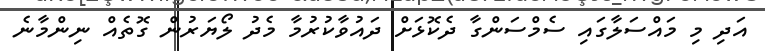
އަދި މި މައްސަލާގައި ސެމްސަންގާ ދެކޮޅަށް ދައުވާކުރުމާ މެދު ލޯޔަރުން ގޮތެއް ނިންމާނެ